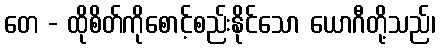
တေ - ထိုစိတ်ကိုစောင့်စည်းနိုင်သော ယောဂီတို့သည်၊